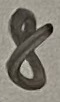
Text: 8